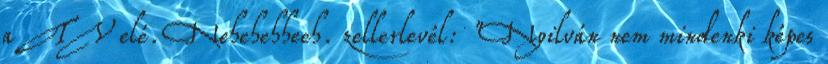
a TV elé. Nehehehheeh. zellerlevél: "Nyilván nem mindenki képes